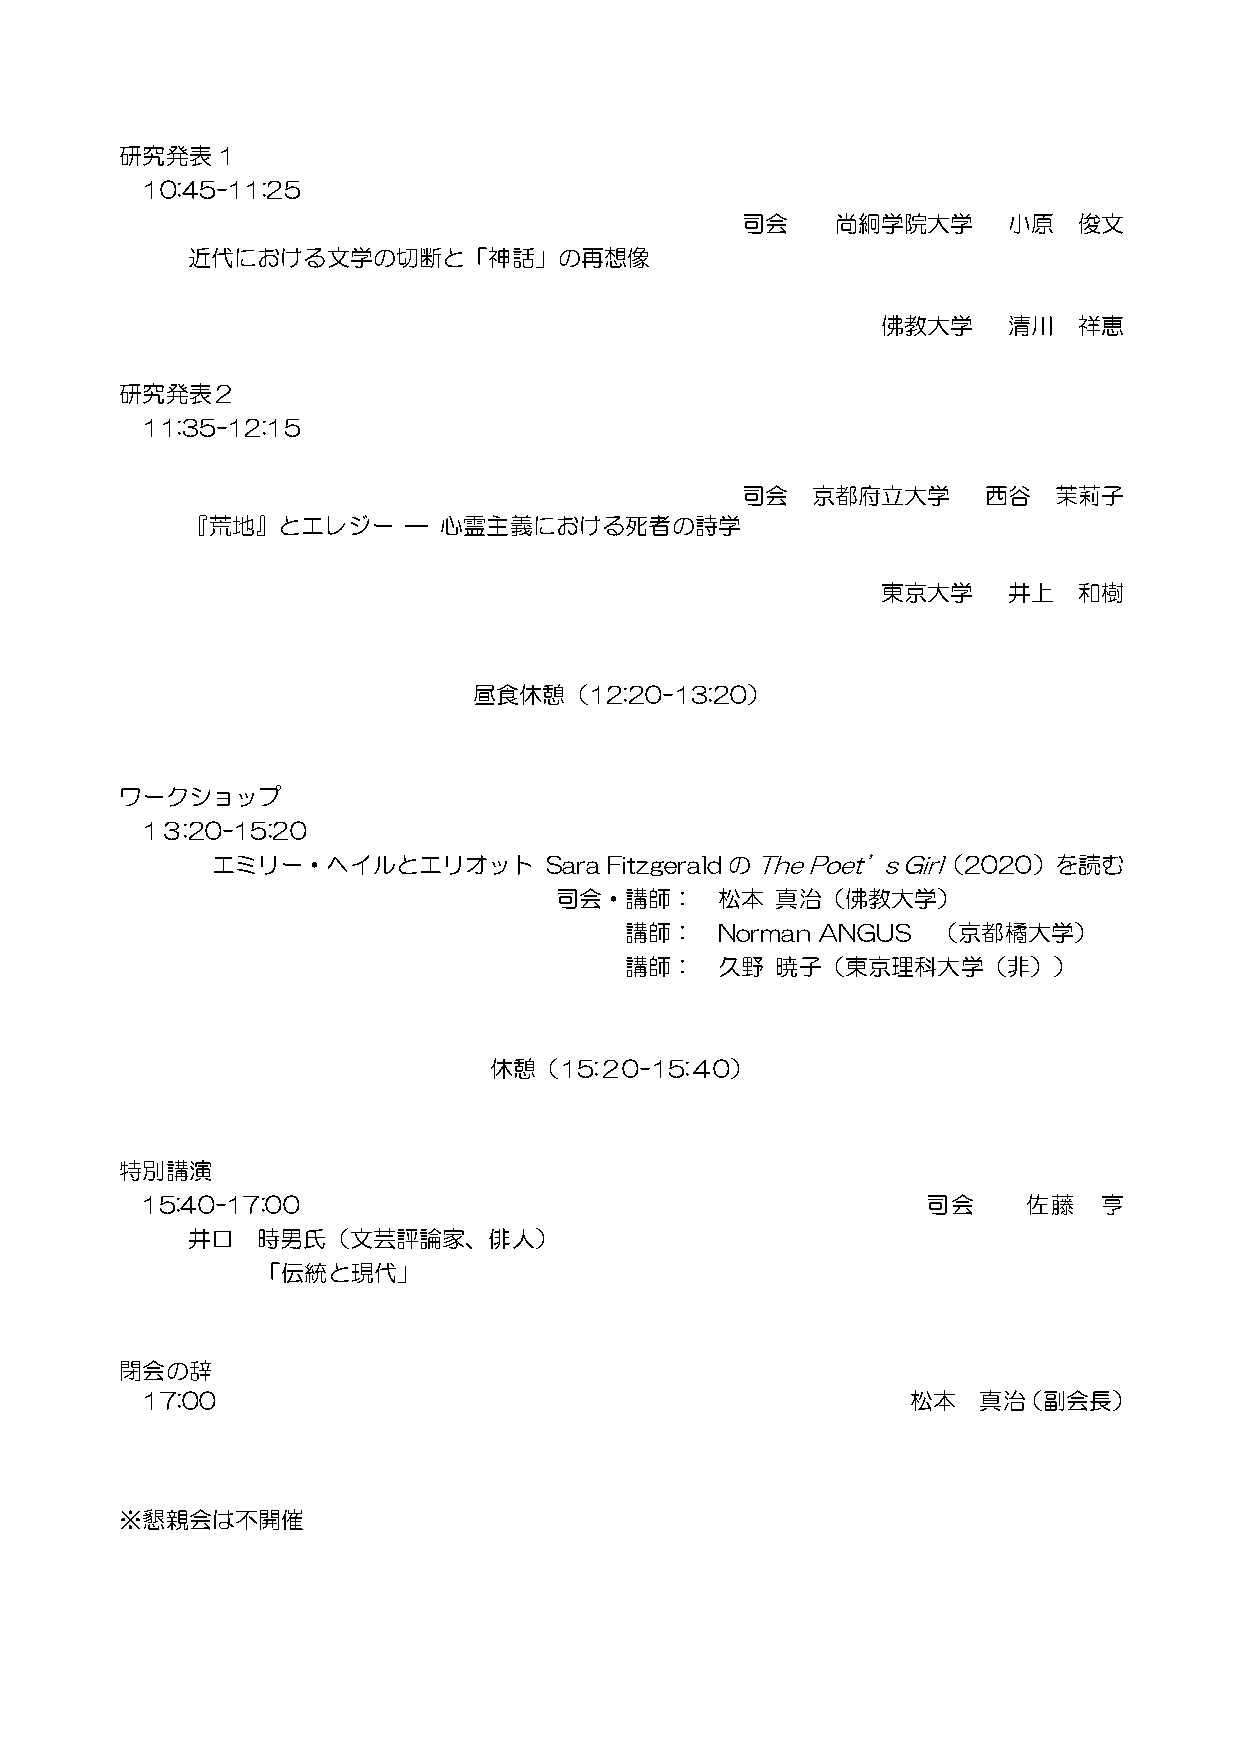
研究発表1
 10:45-11:25
 司会    尚絅学院大学      小原  俊文
 近代における文学の切断と「神話」の再想像
 佛教大学     清川  祥恵
 研究発表２
 11:35-12:15
 司会   京都府立大学     西谷   茉莉子
 『荒地』とエレジー      — 心霊主義における死者の詩学
 東京大学     井上  和樹
 昼食休憩（12:20-13:20）
 ワークショップ
 1３:20-15:20
 エミリー・ヘイルとエリオット        Sara FitzgeraldのThe Poet’s Girl（2020）を読む
 司会・講師：    松本  真治（佛教大学）
 講師：   Norman ANGUS   （京都橘大学）
 講師：   久野  暁子（東京理科大学（非））
 休憩（15:２0-15:４0）
 特別講演
 15:40-17:00                                         司会     佐藤   亨
 井口   時男氏（文芸評論家、俳人）
 「伝統と現代」
 閉会の辞
 17:00                                              松本   真治（副会長）
 ※懇親会は不開催